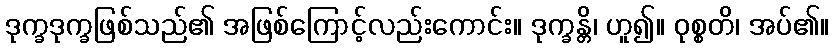
ဒုက္ခဒုက္ခဖြစ်သည်၏ အဖြစ်ကြောင့်လည်းကောင်း။ ဒုက္ခန္တိ၊ ဟူ၍။ ဝုစ္စတိ၊ အပ်၏။